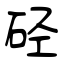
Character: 硁